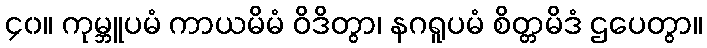
၄၀။ ကုမ္ဘူပမံ ကာယမိမံ ဝိဒိတွာ၊ နဂရူပမံ စိတ္တမိဒံ ဌပေတွာ။